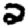
Digit: 2